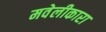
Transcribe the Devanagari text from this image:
मवेलीकारा